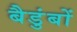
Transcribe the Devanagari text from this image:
बैडुंबों